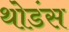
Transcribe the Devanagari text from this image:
थोडंस